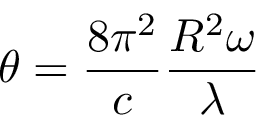
\theta = \frac { 8 \pi ^ { 2 } } { c } \frac { R ^ { 2 } \omega } { \lambda }